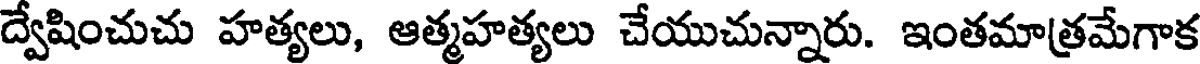
ద్వేషించుచు హత్యలు, ఆత్మహత్యలు చేయుచున్నారు. ఇంతమాత్రమేగాక